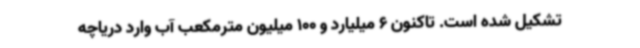
تشکیل شده است. تاکنون 6 میلیارد و 100 میلیون مترمکعب آب وارد دریاچه